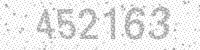
Solution: 452163